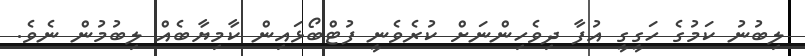
ލިބުނު ކަމުގެ ހަގީގީ އުފާ ދިވެހިންނަށް ކުރެވެނީ ފުޓްބޯޅައިން ކާމިޔާބެއް ލިބުމުން ނެވެ.